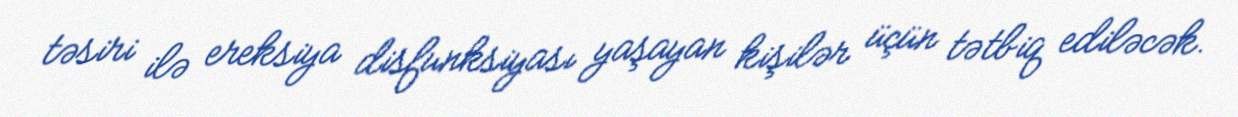
təsiri ilə ereksiya disfunksiyası yaşayan kişilər üçün tətbiq ediləcək.